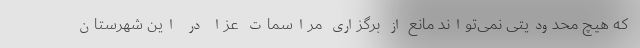
که هیچ محدودیتی نمی‌تواند مانع از برگزاری مراسمات عزا در این شهرستان